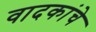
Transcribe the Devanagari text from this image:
वादकांचे